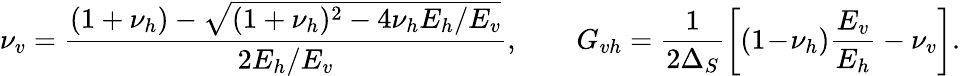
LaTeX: \nu_{v}=\frac{(1+\nu_{h})-\sqrt{(1+\nu_{h})^{2}-4\nu_{h}E_{h}/E_{v}}}{2E_{h}/E_{v}},\qquad G_{vh}=\frac{1}{2\Delta_{S}}\biggl[(1\! -\! \nu_{h})\frac{E_{v}}{E_{h}}-\nu_{v}\biggr].